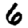
Digit: 6